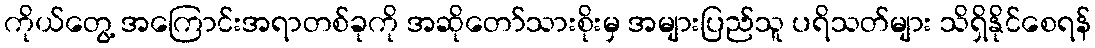
ကိုယ်တွေ့ အကြောင်းအရာတစ်ခုကို အဆိုတော်သားစိုးမှ အများပြည်သူ ပရိသတ်များ သိရှိနိုင်စေရန်